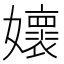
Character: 㜳